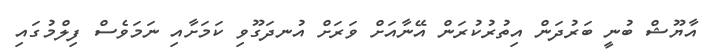
އާޔޫޝް ބުނީ ބަރުދަން އިތުރުކުރަން އޭނާއަށް ވަރަށް އުނދަގޫވި ކަމަށާއި ނަމަވެސް ފިލްމުގައި